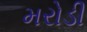
મરોડી